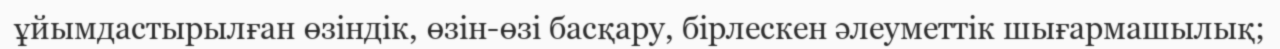
ұйымдастырылған өзіндік, өзін-өзі басқару, бірлескен әлеуметтік шығармашылық;